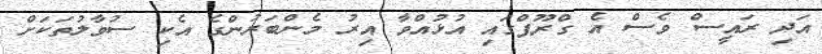
އަދި ރައީސް ވެސް އެ ގްރޫޕްގައި އުޅުއްވާ އިރު މެންބަރުންގެ އެކި ސުވާލުތަކަށް